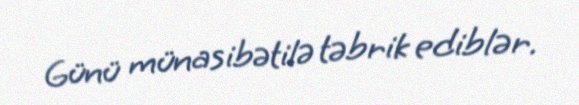
Günü münasibətilə təbrik ediblər.